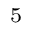
^ 5